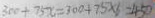
3 0 0 + 7 5 x = 3 0 0 + 7 5 \times 6 = 4 5 0